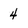
Character: 4